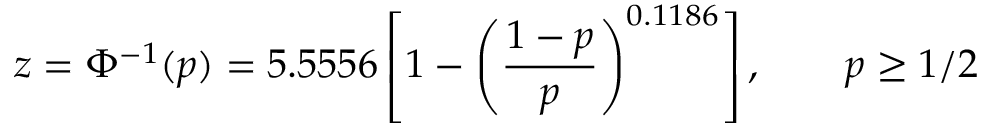
z = \Phi ^ { - 1 } ( p ) = 5 . 5 5 5 6 \left[ 1 - \left( { \frac { 1 - p } { p } } \right) ^ { 0 . 1 1 8 6 } \right] , \qquad p \geq 1 / 2